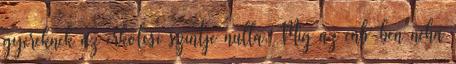
gyereknek az erkolcsi szintje nulla. Mig az enb-ben neha